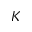
K